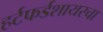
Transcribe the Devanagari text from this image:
हर्टफर्डशायरचा